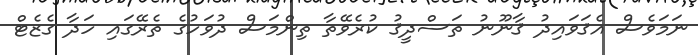
ނަމަވެސް އެޤަވައިދު ޤާނޫނު ތަސްދީޤު ކުރެވޭތާ ތިންމަސް ދުވަހުގެ ތެރޭގައި ހަދާ ގެޒެޓް